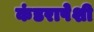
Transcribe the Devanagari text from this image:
कंडरापेशी